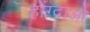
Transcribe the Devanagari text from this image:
होंग्दाओ